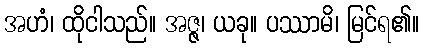
အဟံ၊ ထိုငါသည်။ အဇ္ဇ၊ ယခု။ ပဿာမိ၊ မြင်ရ၏။